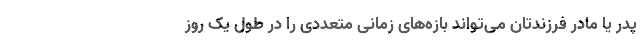
پدر یا مادر فرزندتان می‌تواند بازه‌های زمانی متعددی را در طول یک روز